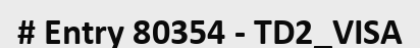
# Entry 80354 - TD2_VISA